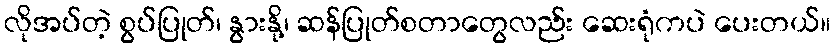
လိုအပ်တဲ့ စွပ်ပြုတ်၊ နွားနို့၊ ဆန်ပြုတ်စတာတွေလည်း ဆေးရုံကပဲ ပေးတယ်။